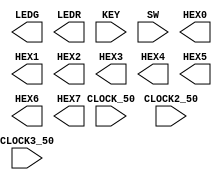
module t1(

	//////////// CLOCK //////////
	CLOCK_50,
	CLOCK2_50,
	CLOCK3_50,

	//////////// LED //////////
	LEDG,
	LEDR,

	//////////// KEY //////////
	KEY,

	//////////// SW //////////
	SW,

	//////////// SEG7 //////////
	HEX0,
	HEX1,
	HEX2,
	HEX3,
	HEX4,
	HEX5,
	HEX6,
	HEX7 
);

//=======================================================
//  PARAMETER declarations
//=======================================================


//=======================================================
//  PORT declarations
//=======================================================

//////////// CLOCK //////////
input 		          		CLOCK_50;
input 		          		CLOCK2_50;
input 		          		CLOCK3_50;

//////////// LED //////////
output		     [8:0]		LEDG;
output		    [17:0]		LEDR;

//////////// KEY //////////
input 		     [3:0]		KEY;

//////////// SW //////////
input 		    [17:0]		SW;

//////////// SEG7 //////////
output		     [6:0]		HEX0;
output		     [6:0]		HEX1;
output		     [6:0]		HEX2;
output		     [6:0]		HEX3;
output		     [6:0]		HEX4;
output		     [6:0]		HEX5;
output		     [6:0]		HEX6;
output		     [6:0]		HEX7;


//=======================================================
//  REG/WIRE declarations
//=======================================================

wire			draw_square, draw_circle, draw_cross;

reg	[19:0] num_right, num_left;	// calculate the number of red dots and green dots;
reg	obutton_right, obutton_left;	// assign button



//=======================================================
//  Structural coding
//=======================================================

assign	draw_square = ((x_cnt>100) && (x_cnt<150) && (y_cnt>100) && (y_cnt<150) )	? 1'b1 : 1'b0;
					
assign	draw_cross = ((x_cnt>600 && x_cnt<700 && y_cnt>150 && y_cnt<450) || (x_cnt>500 && x_cnt<800 && y_cnt>250 && y_cnt<350)) ? 1'b1 : 1'b0;	

assign	draw_circle = (x_cnt-150)*(x_cnt-150)+(y_cnt-240)*(y_cnt-240)<10000 ? 1'b1 : 1'b0;


// 
always@(posedge iCLK or negedge iRST_n)
begin
	if (!iRST_n)
		begin
			oHD	<= 1'd0;
			oVD	<= 1'd0;
			oDEN <= 1'd0;
			oLCD_R <= 8'd0;
			oLCD_G <= 8'd0;
			oLCD_B <= 8'd0;
		end
	else
		begin
			oHD	<= mhd;
			oVD	<= mvd;
			oDEN <= mden;
/*
			oLCD_R <= obutton_right  && draw_circle  ? 8'hFF   :read_red; ////畫圓
			oLCD_G <= obutton_left && draw_cross ? 8'hFF :read_green; //畫十字
			oLCD_B <= read_blue;
*/



			oLCD_R <= obutton_right  && draw_circle  ? 8'hFF   :read_red; ////畫圓
			oLCD_G <= obutton_left && draw_cross ? 8'hFF :read_green; //畫十字
			oLCD_B <= read_blue;
		end		
end


endmodule